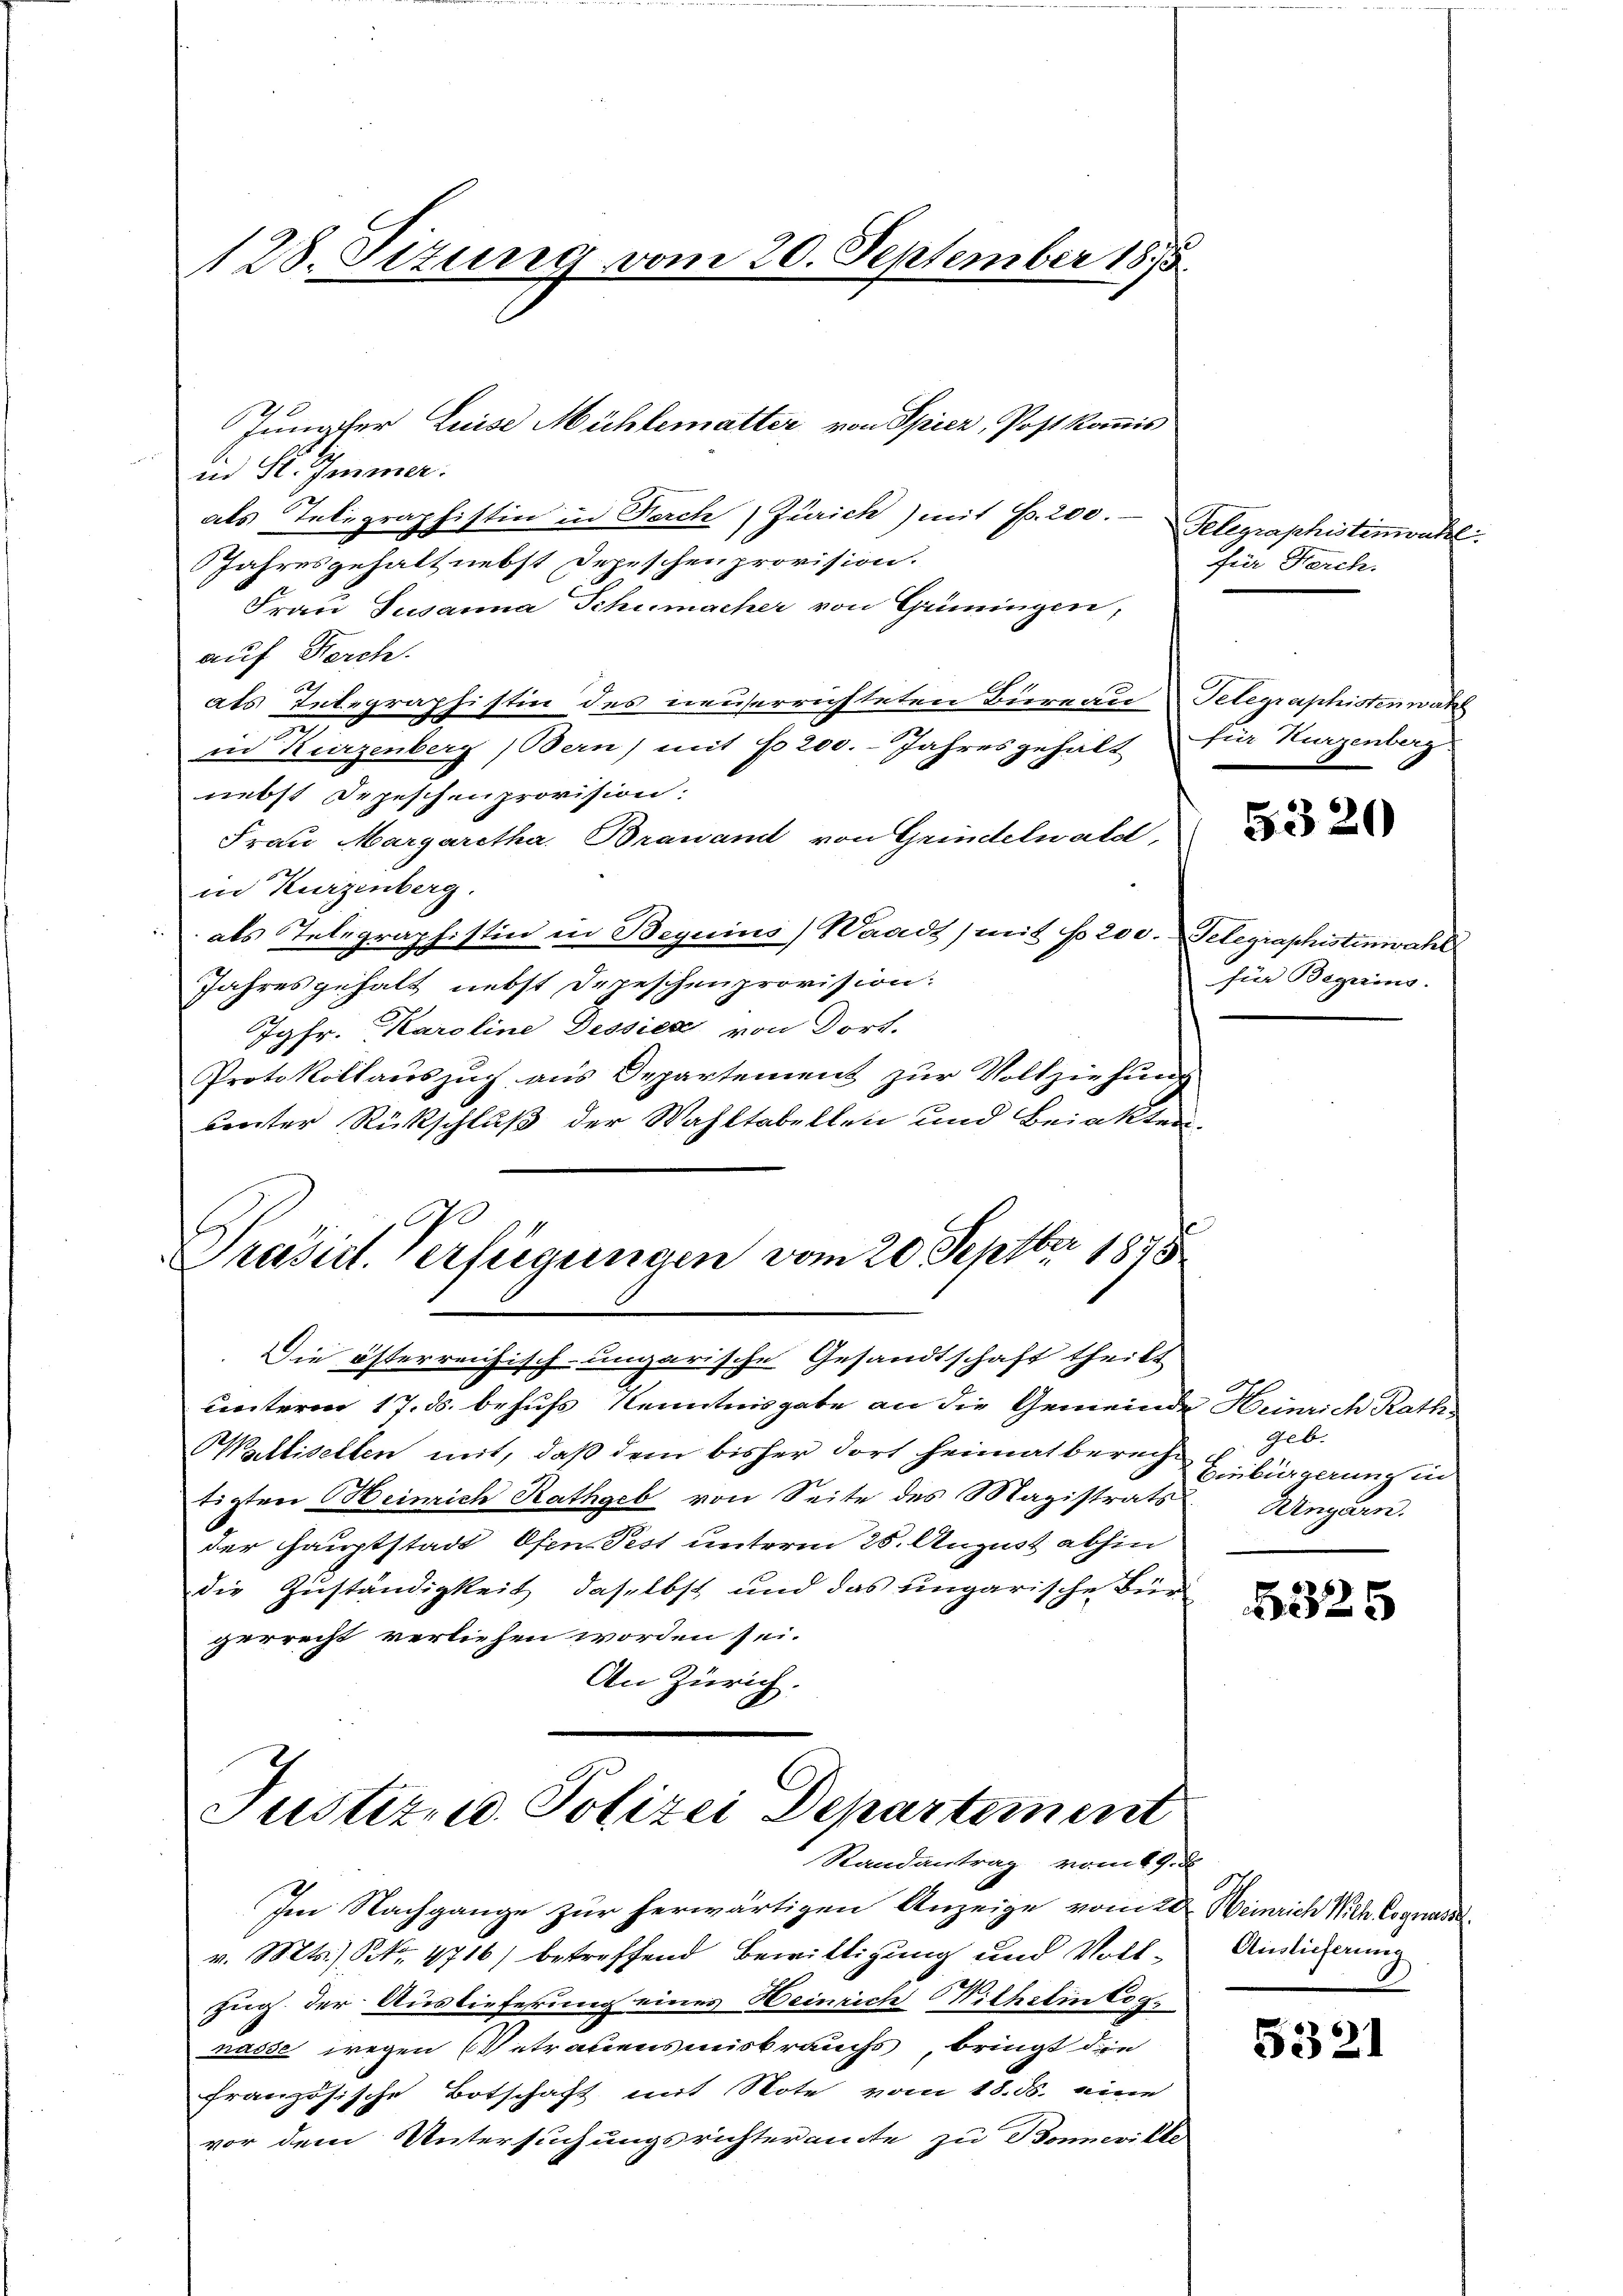
128. Ottung vom 20. September 1835.

id St. Immer.
als Telegraphistin in Forch Zürich) mit Fr. 200. Telegraphistinwahl
Jahresgehalt nebst Depeschenprovision.
Frau Susanna Schumacher von Grüningen,
auf Berch.
als Integraphistin des neuserrichteten Bureau Telegraphistenwahl
in Kurzenberg, Bern) mit No 200. Jahresgehält für Kurzenberg
nebst Depeschenprovision.
Frau Margaretha Brauamt von Grindelwald,
in Kurzenberg.
als Telegraphistin in Beguins) Waadt) mit No 200. Telegraphistinwatel
Jahresgehalt nebst Depeschenprovision.
Jgfr. Karoline Dessier von Dort.
Protokollauszug aus Departement zur Vollziehung
unter Rückschluß der Wahltabellen und Beinkten
Prasirt. Verfügungen vom 20. Septbr 1845
Die österreichisch-ungarische Gesandtschaft theilt
unterm 17. ds. behufs Kenntnisgabe an die Gemeinde Heinrich Rath,
Walliselten mit, daß dem bisher dort heimat berechtigten Heinrich Rathgeb von Seite des Magistrats
der Hauptstadt Ofen Pest unterm 28. August abhin
die Zuständigkeit, daselbst und das ungarische Bürgerrecht verliehen worden sei.
An Zürich.

Jungfer Luise Mühlematter von Spiez, Post kommis

Justiz- u. Polizei Departement
Randantrag vom 19. d.

Im Nachgange zur herwärtigen Anzeige vom 20. Heinrich Nich lognass
v. Mts. S. 4716) betreffend Bewilligung und Voll- Andeichnung
zug der Auslieferung eines Heinrich Nithelin Cognasse wegen Betrauensmisbrauchs, bringt die
französische Botschaft mit Note vom 18. ds. eine
vor dem Untersuchungsrichteramte zu Bonvikte

für Ferch.

.320

für Beguins

geb.
Einbürgerung in
Ungarn.

5325

2

5321